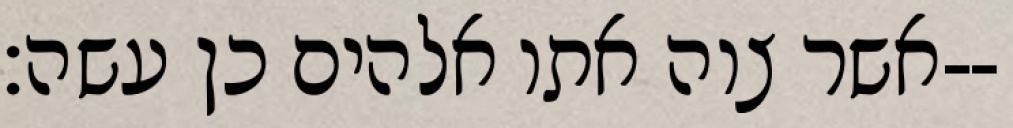
אשר צוה אתו אלהים כן עשה׃--